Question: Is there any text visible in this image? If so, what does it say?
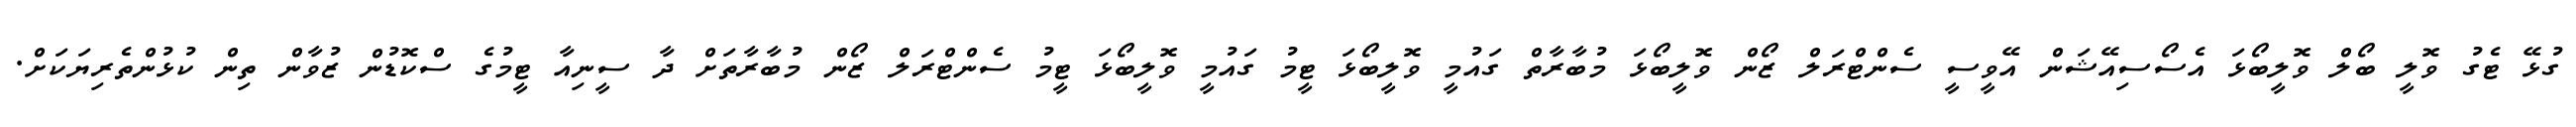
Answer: ގުޅޭ ޓެގު ވޮލީ ބޯލް ވޮލީބޯޅަ އެސޯސިއޭޝަން އޭވީސީ ސެންޓްރަލް ޒޯން ވޮލީބޯޅަ މުބާރާތް ގައުމީ ވޮލީބޯޅަ ޓީމު ގައުމީ ވޮލީބޯޅަ ޓީމު ސެންޓްރަލް ޒޯން މުބާރާތަށް ދާ ސީނިއާ ޓީމުގެ ސްކޮޑުން ޒުވާން ތިން ކުޅުންތެރިޔަކަށް.